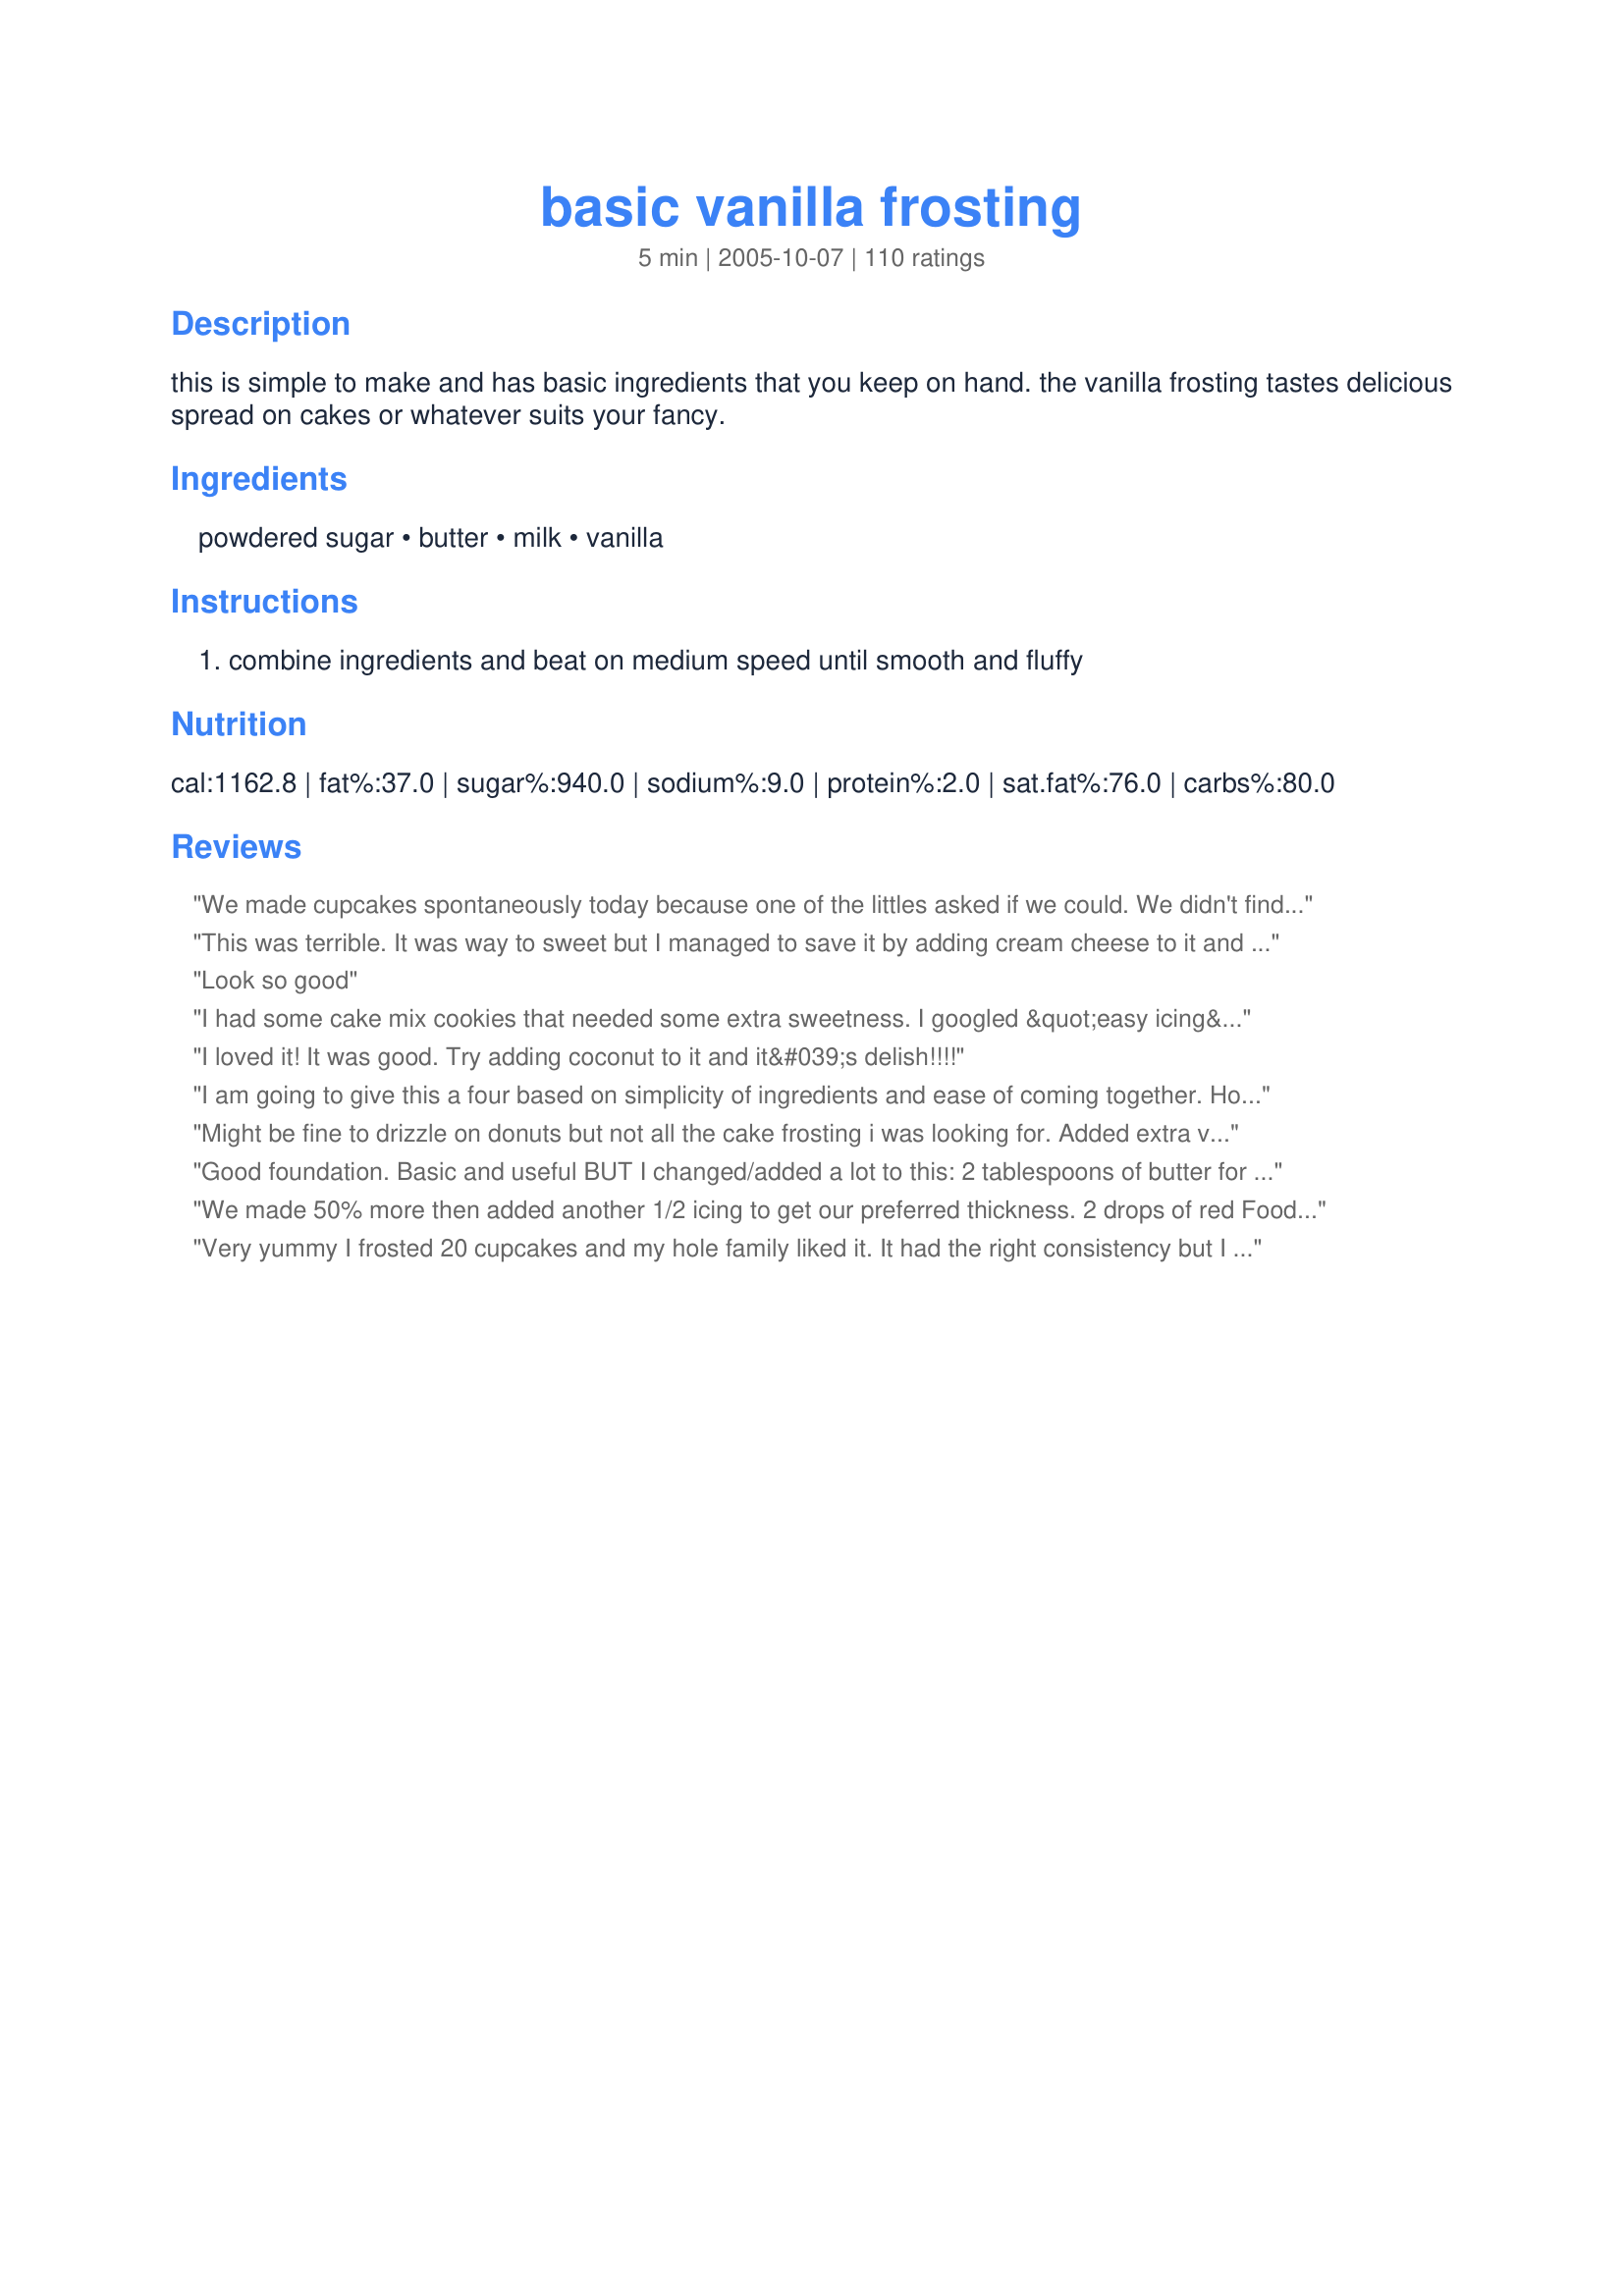
basic vanilla frosting
Preparation time: 5 minutes

this is simple to make and has basic ingredients that you keep on hand. the vanilla frosting tastes delicious spread on cakes or whatever suits your fancy.

Ingredients:
powdered sugar, butter, milk, vanilla

Steps:
combine ingredients and beat on medium speed until smooth and fluffy

Reviews:
We made cupcakes spontaneously today because one of the littles asked if we could. We didn't find any frosting in the pantry to go with it. I was excited to find this easy recipe for frosting. I dont care for naked cupcakes. Unfortunately I only had enough ingredients to make half a batch. The only thing that I think I didn't like was it was Almost to buttery. Almost.
This was terrible. It was way to sweet but I managed to save it by adding cream cheese to it and then it was delicious. It also works if you add peanut butter. By itself this recipe is nasty but it is a good base for other flavored frosting.
Look so good
I had some cake mix cookies that needed some extra sweetness. I googled &quot;easy icing&quot; and came up with this recipe. I made 1/2 the recipe using 1 cup powdered sugar, 1 Tbsp soft butter, 1 Tbsp milk, a few drops vanilla and 1 Tbsp cacao powder. I blended it up with a whisk and it came out smooth and light and gave my cookies just enough sweetness!
I loved it! It was good. Try adding coconut to it and it&#039;s delish!!!!
I am going to give this a four based on simplicity of ingredients and ease of coming together. However, this does make a very sweet vanilla frosting, be forewarned! Also, as far as the amounts listed I had to add another two tablespoons of milk to get a nice consistency as well as another half teaspoon of vanilla for a smoother taste.
Might be fine to drizzle on donuts but not all the cake frosting i was looking for. Added extra vanilla and half a package of cream cheese trying to cover up the starchy flavor of the powdered sugar. Did not work at all. I finally gave up, froze it for another use and bought frosting in a can. So much for homemade.
Good foundation. Basic and useful BUT I changed/added a lot to this: 2 tablespoons of butter for each cup of powdered sugar. I made a lot of icing today, probably used 10 cups of powdered sugar, 2 and 1/2 sticks of butter, 6 dollops of sour cream and 8 oz of cream cheese. It is DELICIOUS. added vanilla to my liking.
We made 50% more then added another 1/2 icing to get our preferred thickness. 2 drops of red Food colouring for 1/5 of the icing made this nice pink! Super sweet!
Very yummy I frosted 20 cupcakes and my hole family liked it. It had the right consistency but I little to sweet. I only put 1 1/2 cups of powder sugar because it is really sweet. This frosting is the best on chocolate cupcakes
Little too sweet, and thick. Added more milk and added extra butter, shaved a bit off the powdered sugar. With a little doctoring up this is a good east recipe.
it takes a really long time to mix
Okay so I just finished making this recipe and I wasn't very impressed. It was too thick and too sweet and I had to add about 3 tsp of vanilla and probaly 5 tbsp of milk and even then was it too sweet. I like frostings that won't melt into the cake and taste like something else besides sugar.
What if you don't have powdered sugar or a food processor??? What else can I use??
I made this tonight it was amazing. Needed a smidge more milk other than that it was amazing.
This is more of an ICING not a frosting. Ice your gingerbread men in this... Absolutely perfect.
I love this super simple recipe! I had a persistent sweet tooth that would not subside, so I made a half-portion of this to go with 2 croissants that I threw in the toaster oven with butter, cinnamon, and sugar. It was easy and delicious =)
This recipe is perfect for an 8x8 pan of brownies. I added some melted chocolate chips and a teaspoon of peppermint extract and it is so good. My sister thought it was a new store bought frosting. It's really smooth and creamy.
Yummy yummy I needed to add extra sugar because it was way too runny. It came out like cinnamon roll glaze but with the added sugar it was perfect.
Doesn't seem like a lot of liquid for 2 cups of powdered sugar
I loved this frosting because it was so easy to make and very yummy! However I&#039;m not sure if I did something wrong with mine or its just the type of frosting but mines began to melt fairly quickly. I also live in Hawaii and it&#039;s about 80 degrees in my house..besides the melting problem this is a great go to frosting! A little too sweet for my grandmother but I love it!
Very easy! I made it with Oreo Pound cake recipe #153343 and it worked fabulous! I melted it in the microwave so it was pourable. Thanks!
simple easy recipe. Decent considering time spent and simple ingredients
Yum yum yum! But I also have a suggestion too. I put my frosting in the fridge for about 2 hours and it turned out better. Also, the first time I tried to make it it worked. But the second time I tried to make it it turned out to be stuffs like applesauce. But the flavor is still the same. I don&#039;t know what&#039;s wrong with it. Can someone please tell me? Thx
Wonderful recipe! Quick, simple and tasty ?
Excellent recipe. Substituted almond extract in place of vanilla. You will not be disappointed.
I despise this recipe. It is so sugary that I had to completed restart my icing. Two cups of sugar in relation to the amount of other ingredients is a baking disgrace. As a baking guru myself, I wanted something quick and easy so that my 10 and 13 year old kids could make when I&#039;m not there, but all that this recipe has done is make my daughter feel sick and my son afraid to bake alone. I don&#039;t like this and would definitely NOT recommend.
tasted like nasty powered sugar, if I wanted to eat powdered sugar icing don&#039;t you think I would of searched for it !
thanks a lot Martha !
Love love love. I had doubled the amount and substituted almond milk, found that I needed a bit more milk to get the consistency I needed but that is probably just my preference or due to the changes I made. Was a very delicious addition to my carrot cake for those of us who don&#039;t go for the typical cream cheese frosting.
Thank You!!! i loved this it was so simple and just sweet enough i was making this for my sisters birthday recipe!
Perfect and exactly the right amount! I usually just eye it but this was much easier!
This icing is wonderful! It worked great to frost some brownies I made!
Sub par, I did not enjoy this recipe.
This was an easy frosting that worked well on cupcakes. If you want a smooth finish, try this: After spreading the somewhat stiff frosting evenly on the cake or cupcakes, smooth it out with a metal frosting spreader. Periodically rinse the spreader under hot running water (without drying it off), allowing the moisture on the speader to work it's magic. If you want a delicious tasting frosting, there are much better recipes out there. But, if you are just searching for something to ice a cake, cupcakes, cinnamon rolls* or oatmeal cookies*, this one works well. I sparingly frosted 18 cupcakes with one batch of this recipe.
*Add extra milk to the mix, one drop at a time, to make it thin enough for this purpose.
It was horibble!
So easy and so delicious!
I made this with all the ingredients and it tasted like pure powder sugar! I did everything it said! (Not much! :p) I had to throw it away though! The weird thing is, I made this recipe with my cousin last night and it tasted delicious! I did the same thing as last night! I don&#039;t know what went wrong!
Kid approved! Easy recipe, and my kids loved it. I used whipping cream instead of milk and that seemed to make all the difference. Added a little more cream then called for to make a thinner consistency. Overall great recipe!!
I would not recommend this frosting. I followed the directions and it turned out to be very runny. Put it in the freezer to see if it would thicken up some; still didn&#039;t work. I was very disappointed in it. I would not try this again!
Amazing!! I had all the ingredients here at home and it was quick and easy! To the people who didn't like it and said it was too thick, try adding a little more milk and mixing more!
This was easy and so good. It was a huge hit in my house to go on my homemade white cake. The flavor was good and it wasn&#039;t too sweet. I will say that I did add another tablespoon of milk because I didn&#039;t want it as thick. Otherwise, great as written
I made this recipe just as it is and it is great! Super easy to make which was super important since I have never made frosting before and tastes awesome. I know my daughter who is 9 could easily make this on her own is she wanted to make it for something. I did make a second batch with maple extract and it was just as good. I love how you can make easy changes and it stays great. Thanks for sharing this recipe.
This recipe is great except you have to add milk to make it easy to spread
This recipe is great! If you're sad and lonely like me and are making half of this to eat by yourself I would suggest adding just a little bit more butter
It was great you guys aren't making it right if your Downing it.....its a great frosting recipe....no baking.....smh Ive put it on cookies cake cupcakes and other pastries
great, simple recipe. nothing fancy or creative but still delicious. i made mine with almond milk and i used about 1/2 a cup of milk. 2 tbsp is way too little.
It was good but had to add three tbs of milk because it was to thick but still good!!!
This icing was just OK. I won&#039;t make it again. The taste was off, and I had to add more using sugar because it was too watery.
This icing was extremely sweet even for a sweet tooth, however you can make it just right by changing the amount of icing sugar added to the recipe. I traded half a cup of the sugar for another full teaspoon of vanilla extract. This turns the icing into a smooth and rich coating perfect for cupcakes.
worked really well and it was really nice and squishy
Thank you, thank you for keeping it so simple! A really tasty recipe that i improvised upon by adding a little cocoa powder to for a quick and easy chocolate frosting! Thanks again, we loved it!
Yummy and easy for my daughter to make she is a first time cook.
I wanted something a little less sweet so I added half of a container approx 4oz of whipped cream cheese I had in the fridge, beat it into the mixture until smooth. I filled the cake down the center after it was completely cooled, layered the mixture on using more than half. Replaced the halves back together, took the remaining frosting and added half a cup of cool whip, blended together and spread it atop of my devil food chocolate cake. Talk about YUMMY! ??not to sweet, not to bland, just right.
It turned out runny and taste like wet powdered sugar. There is no vanilla taste to it. I followed the recipe to the letter. I had to put the cake in the refrigerator immediately to keep it from running off the plate. I think it would have been better with the cream cheese, to give it some stiffness and taste.
I don't have money to.buy presents for my family so I am making the a bunch of sugar cookies and wanted frosting and I have 5 people and I am making 2 batches of 12 cookies I hope they like it btw it's for.Christmas
I love how simple this is and taste great. I added an 8 oz cube of cream cheese to it and it's delicious. Thanks for sharing.
Very easy,and tast's great!
This is a decent recipe for the time and ingredients required.<br/> Those who are complaining about the thickness must not have used an electric mixer, which is a necessity for light and fluffy confections. It was still a bit thick and powdery, and did not yield enough for my 2-layer cake, so I quadrupled the recipe, and then added a splash more of milk (about 1-2 tbs more) to the mix. It was still a bit powdery, but it worked well with my strawberry cake. For those of you using this on drier cakes, try adding even more milk to the mix.
This took no time at all. I was making a tiny cake, so I used half the recipe in a normal kitchen bowl. Didn&#039;t even need an electric mixer, just a quick whisking and it was ready.
THIS IS TERRIBLE NEVER TRY IT !!!!!!!!! it made my icing hard as rock it was not even near being fluffy and it was like popcorn I don&#039;t know how this worked for anybody so take my advice and don&#039;t do it your wasting your own time!!!
Nothing but complete garbage, followed the recipe to a T and all I got was a donut glaze, too runny to even do anything with and not even fit to put on cupcakes.
for some reason when we made this frosting, it was very runny. we follwed the directions, so i'm not sure what went wrong
so good! I thought this might not work but this is amazing! I don't like frosting but this one tastes so good!
Very easy, lovely texture. Little sugar headache just from licking the beaters though! I&#039;m a fan of a cream cheese frosting, but will come back to this in a pinch when the stores are closed for an ice storm- like today!
TERRIBLE !!! It does not work at all ! The worst recipe I have ever tried !
great recipe, but the does the age of the vanilla affect the quality of the frosting?:)
This was exactly what i was looking for as i used it for Cookies 'n Creme Cake - Super Easy
Recipe #200993. I had to add a little more milk to get the consistency that i wanted, but that is understandable! Thanks for the simple icing recipe!
Nice and simple. But also VERY powdered sugary-ie needed a little more butter. And Cream Cheese to make it perfect.
This was an excellent frosting. I only used 1 1/2 cups of powdered sugar and added 1/2 cup of cream cheese and put in fridge to chill for 2 hours. It was delicious for my 24 chocolate cupcakes!
wow great i goes great with lemon cupcakes and i would totally make it again simple and easy and donn't forget delicious!!!
it was great but a little crunchy and we needed to add more taste so we added 2 table spoons of whiped topping 6 onces of mix whipped cream and a stick more of butter
Extremely sweet, but after all, there are 2 cups of powdered sugar in this. If you like the sweet frostings, you&#039;ll like this. I, myself, like a less sweet frosting, but needed a frosting and had all the required ingredients for this. I can&#039;t give 5 stars b/c the frosting didn&#039;t act like a frosting at all. It was very crumbly until I added extra milk. I added about another tablespoon and used my electric mixer to mix until everything stiffened up. Overall, it is a good recipe, but the milk certainly needs increased. *side note* make sure to use an electric mixer for this. Mixing by hand will not give the desired consistency.
I made this tonight for my strawberry cake and it was so easy to do. I added the frosting while the cake was still warm so it would drizzle down the sides.
I tried this recipe he other day and right away I knew that there was WAY to much powdered sugar in it. So when I made this frosting, I cut the sugar in half and added a few drops of almond extract to give it a little flavor. Everyone loved it after I added the extract and I will probably use it again.
Tasty! I did use almond instead of vanilla for something different:)
I made this within 2 minutes!!! It was a lifesaver as I did not have any icings in the house. I just added 1 extra tablespoon of milk and it iced a 2 layer cake. Next time I will add root beer flavoring to make a vanilla root beer cake.You can use any flavoring you like.
Okay- first of all- the amount was tiny!! so i made two, but i mixed it into the same bowl, and it turned out very thin. but, for the taste, it was excellent. i would definitely make it again.
I ended up making it taste like cornbread. Though it is a very good corn muffin recipe. :)
I tried this with my friend, did everything preoperly and it was gross. It tasted almost like nothing and made me want to puke. We tried adding more of each ingrediant after our initial trial and it made it a bit better but still gross. It was the grossest thing in the world. I hope yours worked. But this tasted gross.
thank you so very much for this recipe. o.k., i just have one thing to say, this frosting was simply superb. very easy and quick to make. and tasty too. now why would some people say it was to sweet.not true at all. it was perfect for us. the second time i made it, i did add 1 more tbsp of milk to thin it out...made like a glaze. yum!
love it
Finally a recipe that didnt require a trip to the store. This is lovely on its own, or as a blank canvas. I added lemon zest, and I look forward to using this as my starting point from now on. Thanks for sharing this, its perfect and it doesn't make a wasteful bucket full either :)
This frosting is super duper sweet so I recommend you add about three heaping dollops of sour cream. It is much nicer then. I like the simplicity of it though.
Yuck..
This frosting is too thick too sweet.
This is the best frosting recipe I&#039;ve found on line so far!
Yummy! This is so delicious. The perfect frosting for any use. Just notice that it makes 1 cup of frosting, which is just what I needed. But you may need to double the recipe to frost a whole cake.
Easy, I had everything on hand.
Super light and easy to spread on my vegan, gluten free chocolate almond cake!
Great!
This frosting is actually very good. The consistency is just right for the cake i wanted to frost. I had all the ingredients, but not enough to make a full batch. I changed the serving size and used the converted measurements, it worked out great.
It was perfect! I needed a fast easy straight forward recipe that I could do before school for the kids one day - This saved me a trip to the market! The texture was good and the taste was perfect!&lt;br/&gt;&lt;br/&gt;YEAH!
This was incredibly simple and easy to put together. Thank you so much!
I really loved it! Be careful of putting in too much vanilla extract, though. I put in lemon juice for a lemon icing and it was delicious!
It was literally the best ever! Thanks for the recipe! It was very simple and delightful! I hope everyone else enjoyed it as much as I did!
WE LOVED THIS.We had no icing at home so we used this website it WORKED. DONT LISTEN TO THE HATERS THIS IS AWESOME AND EASY TRY IT AT HOME!!!!! WOW LOVE IT!
For a powdered sugar recipe, I really wasn&#039;t expecting much. I couldn&#039;t drive to the store, so I figured it was worth a shot. I normally don&#039;t add the butter or margarine variation though, so this was a thrilling experiment. I was pleasantly surprised by the texture and flavor of this frosting. It had a nice medium-paint-thick consistency (definitely not in the glaze category as most powdered sugar icings are). It was smooth as ironed sheets and had a nice sugary-vanilla flavor. I refrigerated the leftover frosting, and I think I liked it better cold for breakfast this morning. The color was a little off due to the vanilla extract, but food coloring could fix that if you are all fancy and stuff. I paired this frosting with an easy cupcake recipe, found here: http://www.food.com/recipe/simple-white-cupcakes-172550
Delicious!! Easy and all ingredients I had on hand! Used to frost recipe #411186. Thanks Delish!
i love how simple this recipe was. Thanks! it can be easily tweak to ones taste but it is the foundation of a great recipe. i added a little extra milk and it made it runny so I had some extra soften white chocolate from making my kids candy treats, so I added the left over soften white chocolate and it was absolutely the best! This is going to be a recipe that I pass down. Thanks and don't mind the negativity. Some people are just ignorant. they can't help it poor little Tim Tims lol.
My Mom and I have used this recipe for at least 50 years...never had a problem
This recipe was really easy to make when I was in a pinch. All the ingredients were readily available. I didn&#039;t measure that great, so at first it was a little thin, but I just slowly added more icing sugar until it hung onto the beating paddle longer, a good way to test your &quot;clingability&quot;. I think I&#039;ll also try this substituting a little peppermint for the vanilla when frosting chocolate. Thanks for sharing. It was great for cupcakes.
Actually, i was out of vanilla and so i made it without vanilla and it still tasted soo good! I love this recipe it is perfect!!
Tastes good and is great with food colouring
This is a great recipe as is.
Or, substitute/add 1/4 - 1/2 tsp almond extract. vanilla paste, orange extract, mint extract, 2T cocoa . . . The possibilities are endless. Start with a small amount of flavor and increase to taste. This is what your pinky finger is for, or spoon if someone is watching ;]
Many people how found this recipe to be too thick and I agree but for an easy fix, just add more milk. There has been many complaints about this recipe and I think that is unfair. The recipe was fine and delicious especially for a frosting at a beginner standard! The recipe said simple in the tidal so that it would be good to eat and easy to make. For something this great most people have been giving it a very hard time! Easy is not made to be the best thing you ever tasted and you wanted something easy. If you don&#039;t like it, then it&#039;s your fault for choosing it!
This is not a frosting!!! This is an icing. Way too thin. I followed the directions to a t. It would be good on cinn rolls. Will not make again for a cake
TERRIBLE dosen't work or spread properly dont make it!
This is a great recipe. Simple and easy to make. Works great on hot, freh baked cinnamon rolls! I just used it for that tonight
this frosting was revolting in my opinion. It tasted like powdered sugar and nothing else. And worst of all when I made it it wasn&#039;t fluff, it was a big hard rock, with the consistency of glue. I&#039;m sorry I had my hopes up but I was disappointed.
This formula is perfectly fine. It you can write a review, then you&#039;re smart enough to know that you can heat a simple frosting -like this up- to thin it out. I did 4 increments of 6 seconds on the gas stove and it was the perfect consistency. Completely fine.
I love this simple recipe. I added 3 packets of hot cocoa mix then blended til smooth.
